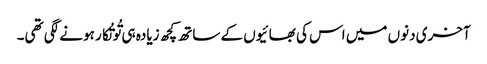
آخری دنوں میں اس کی بھائیوں کے ساتھ کچھ زیادہ ہی تُو تُکار ہونے لگی تھی۔